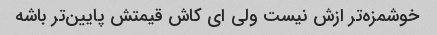
خوشمزه‌تر ازش نیست ولی ای کاش قیمتش پایین‌تر باشه